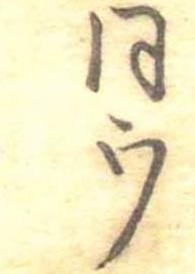
同ウ